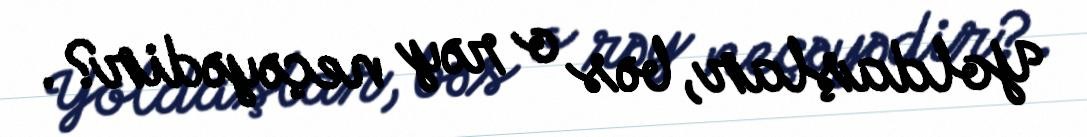
Yoldaşlar, bəs o rəy neçəyədir?.